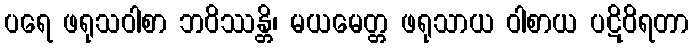
ပရေ ဖရုသဝါစာ ဘဝိဿန္တိ၊ မယမေတ္တ ဖရုသာယ ဝါစာယ ပဋိဝိရတာ